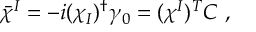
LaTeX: \bar { \chi } ^ { I } = - i ( \chi _ { I } ) ^ { \dagger } \gamma _ { 0 } = ( \chi ^ { I } ) ^ { T } { \cal C } \ ,